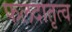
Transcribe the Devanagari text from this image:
फलदातृत्व